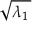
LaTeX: \sqrt { \lambda _ { 1 } \, }